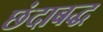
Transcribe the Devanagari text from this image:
छंदाबद्ध